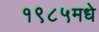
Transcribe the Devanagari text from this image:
१९८५मधे